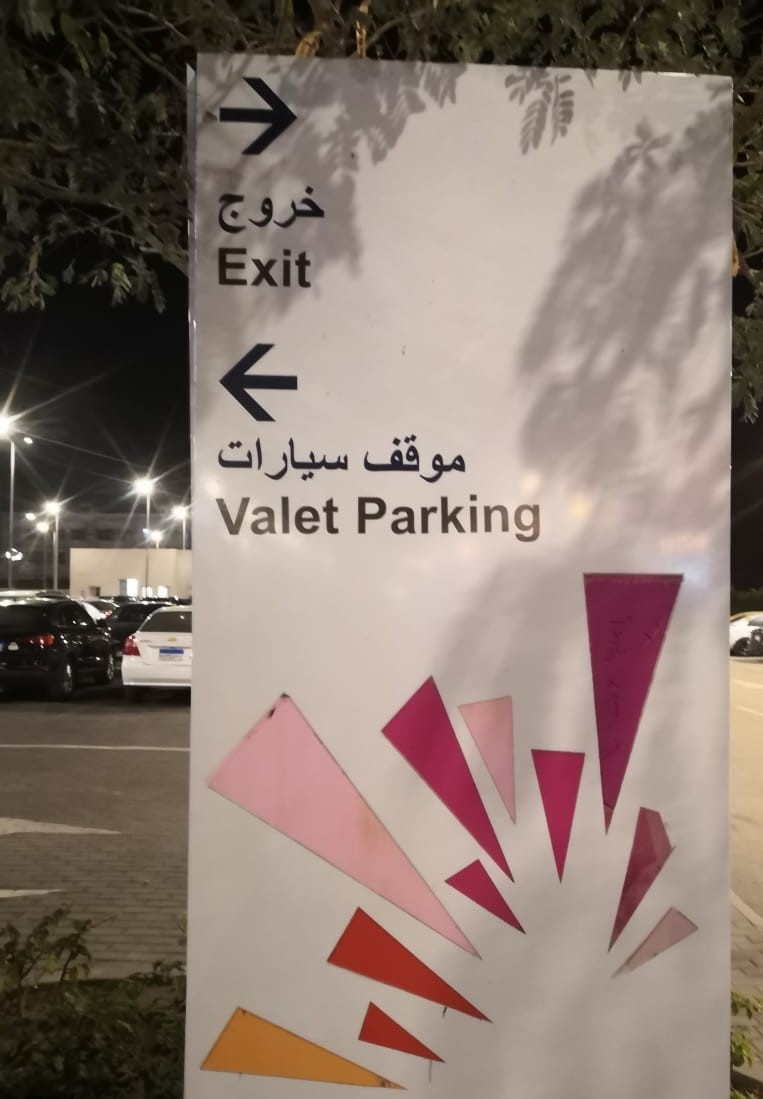
Text in image: خروج موقف سيارات Exit Valet Parking